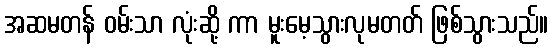
အဆမတန် ဝမ်းသာ လုံးဆို့ ကာ မူးမေ့သွားလုမတတ် ဖြစ်သွားသည်။